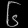
Digit: ၆